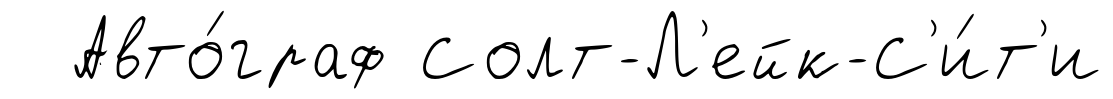
Авто́граф Солт-Л'ейк-С'и́т'и